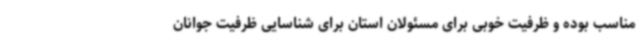
مناسب بوده و ظرفیت خوبی برای مسئولان استان برای شناسایی ظرفیت‌ جوانان